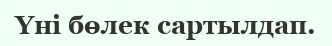
Үні бөлек сартылдап.